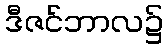
ဒီဇင်ဘာလ၌